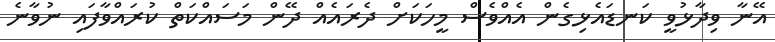
އޭނާ ވިދާޅުވީ ކަނޑައެޅިގެން އެއްވެސް މީހަކަށް ދެރައެއް ދޭން މަސައްކަތް ކުރައްވާފައި ނުވާނެ